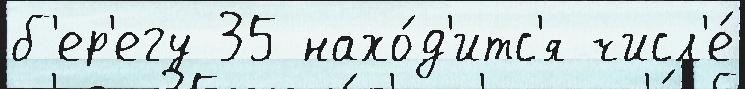
б'ер'егу 35 нахо́д'итс'я числ'е́